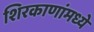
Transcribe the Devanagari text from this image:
शिरकाणांमध्ये